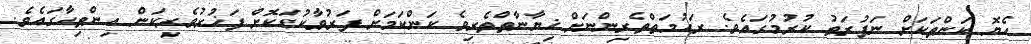
ހެޔޮ ކަންތަކަށް ނަފުރަތު ކުރުމުގައެވެ. ރަޙުމަތްތެރިންނަށް ޚިޔާނާތްތެރިވެ ކަންކަމަށް ފަރުވާކުޑަކޮށް ފަޚުރުވެރިކަން އިންތިހާގައެވެ.